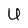
Character: U